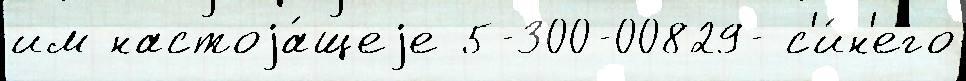
им настоjа́щеjе 5-300-00829- с'и́н'его